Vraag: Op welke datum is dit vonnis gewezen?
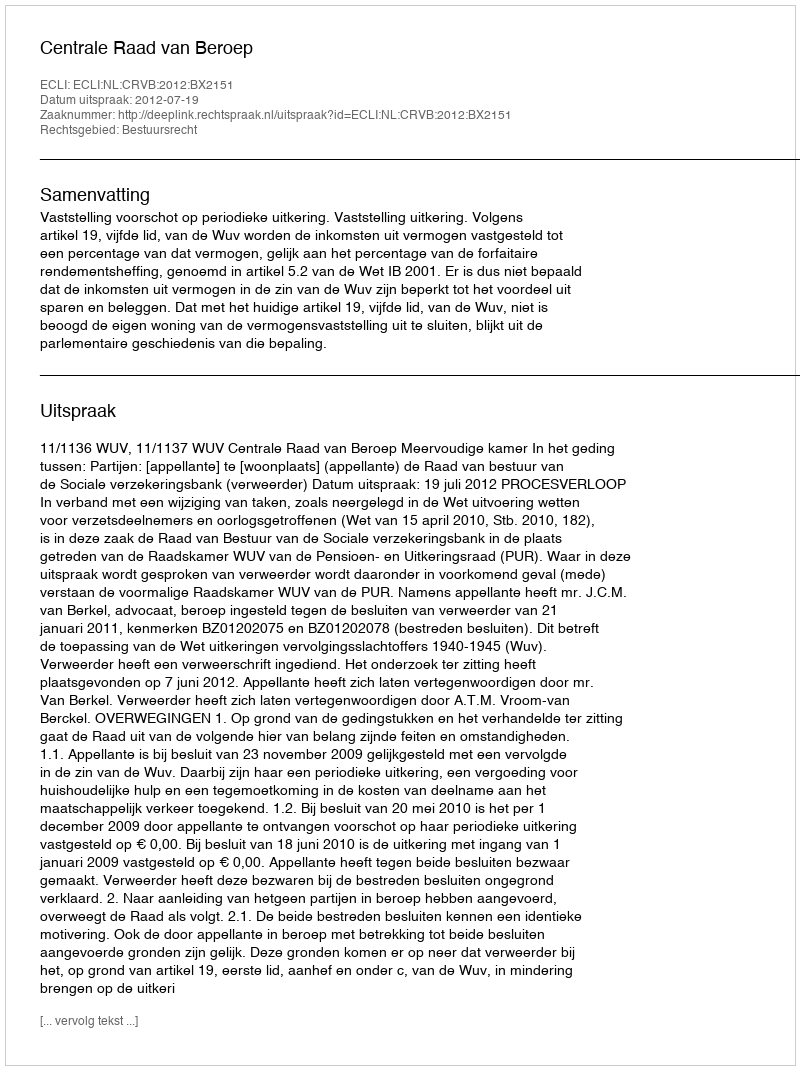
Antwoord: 2012-07-19